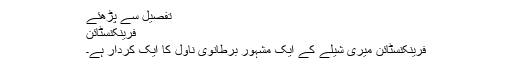
تفصیل سے پڑھئے
فرینکنسٹائن
فرینکنسٹائن میری شیلے کے ایک مشہور برطانوی ناول کا ایک کردار ہے۔